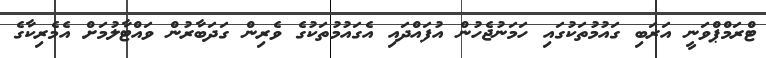
ޓްރަމްޕްވަނީ އަރަބި ގައުމުތަކުގައި ހަމަނުޖެހުން އުފައްދައި އެގައުމުތަކުގެ ވެރިން ގަދަބާރުން ވައްޓާލުމަށް އެމެރިކާގެ